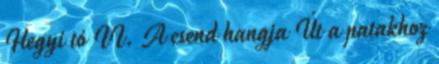
Hegyi tó II. A csend hangja Út a patakhoz